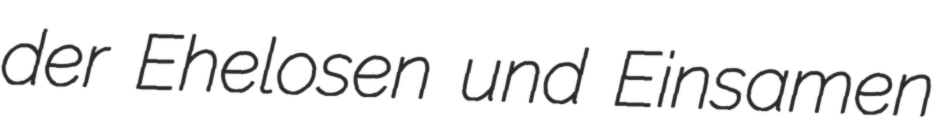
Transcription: der Ehelosen und Einsamen